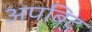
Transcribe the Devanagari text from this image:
अपबिट